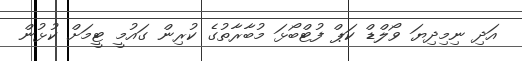
އަދި ނިމިދިޔަ ވޯލްޑް ކަޕް ފުޓްބޯޅަ މުބާރާތުގެ ކުރިން ގައުމީ ޓީމަށް ކުޅުން